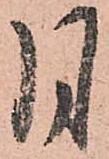
月